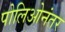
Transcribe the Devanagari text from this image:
पोलिओनंतर